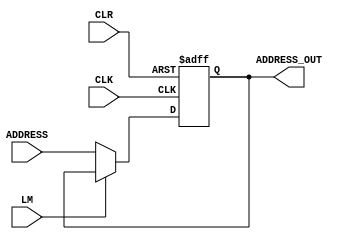
module input_and_MAR #(parameter WIDTH=4)(input CLK,
input CLR,
input LM,
input [WIDTH-1:0] ADDRESS,
output reg [WIDTH-1:0] ADDRESS_OUT
);
always @(posedge CLK or negedge CLR)
 begin
	if(!CLR)
	 begin
		ADDRESS_OUT<='b0;
	 end
	else if(!LM)
	 begin
		ADDRESS_OUT<=ADDRESS;
	 end
 end 


endmodule